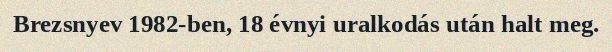
Brezsnyev 1982-ben, 18 évnyi uralkodás után halt meg.